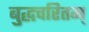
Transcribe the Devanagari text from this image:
बुद्धचरितम्‌